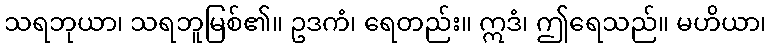
သရဘုယာ၊ သရဘူမြစ်၏။ ဥဒကံ၊ ရေတည်း။ ဣဒံ၊ ဤရေသည်။ မဟိယာ၊